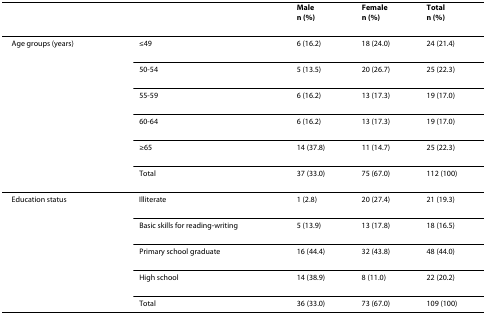
|  |  | Malen (%) | Femalen (%) | Totaln (%) |
 | --- | --- | --- | --- | --- |
 | Age groups (years) | ≤49 | 6 (16.2) | 18 (24.0) | 24 (21.4) |
 |  | 50-54 | 5 (13.5) | 20 (26.7) | 25 (22.3) |
 |  | 55-59 | 6 (16.2) | 13 (17.3) | 19 (17.0) |
 |  | 60-64 | 6 (16.2) | 13 (17.3) | 19 (17.0) |
 |  | ≥65 | 14 (37.8) | 11 (14.7) | 25 (22.3) |
 |  | Total | 37 (33.0) | 75 (67.0) | 112 (100) |
 | Education status | Illiterate | 1 (2.8) | 20 (27.4) | 21 (19.3) |
 |  | Basic skills for reading-writing | 5 (13.9) | 13 (17.8) | 18 (16.5) |
 |  | Primary school graduate | 16 (44.4) | 32 (43.8) | 48 (44.0) |
 |  | High school | 14 (38.9) | 8 (11.0) | 22 (20.2) |
 |  | Total | 36 (33.0) | 73 (67.0) | 109 (100) |